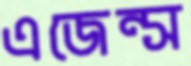
এজেন্স